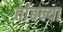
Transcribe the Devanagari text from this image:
तांबन्या